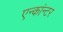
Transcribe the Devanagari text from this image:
एन्कांन्टर